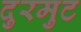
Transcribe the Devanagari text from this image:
दुरमुट